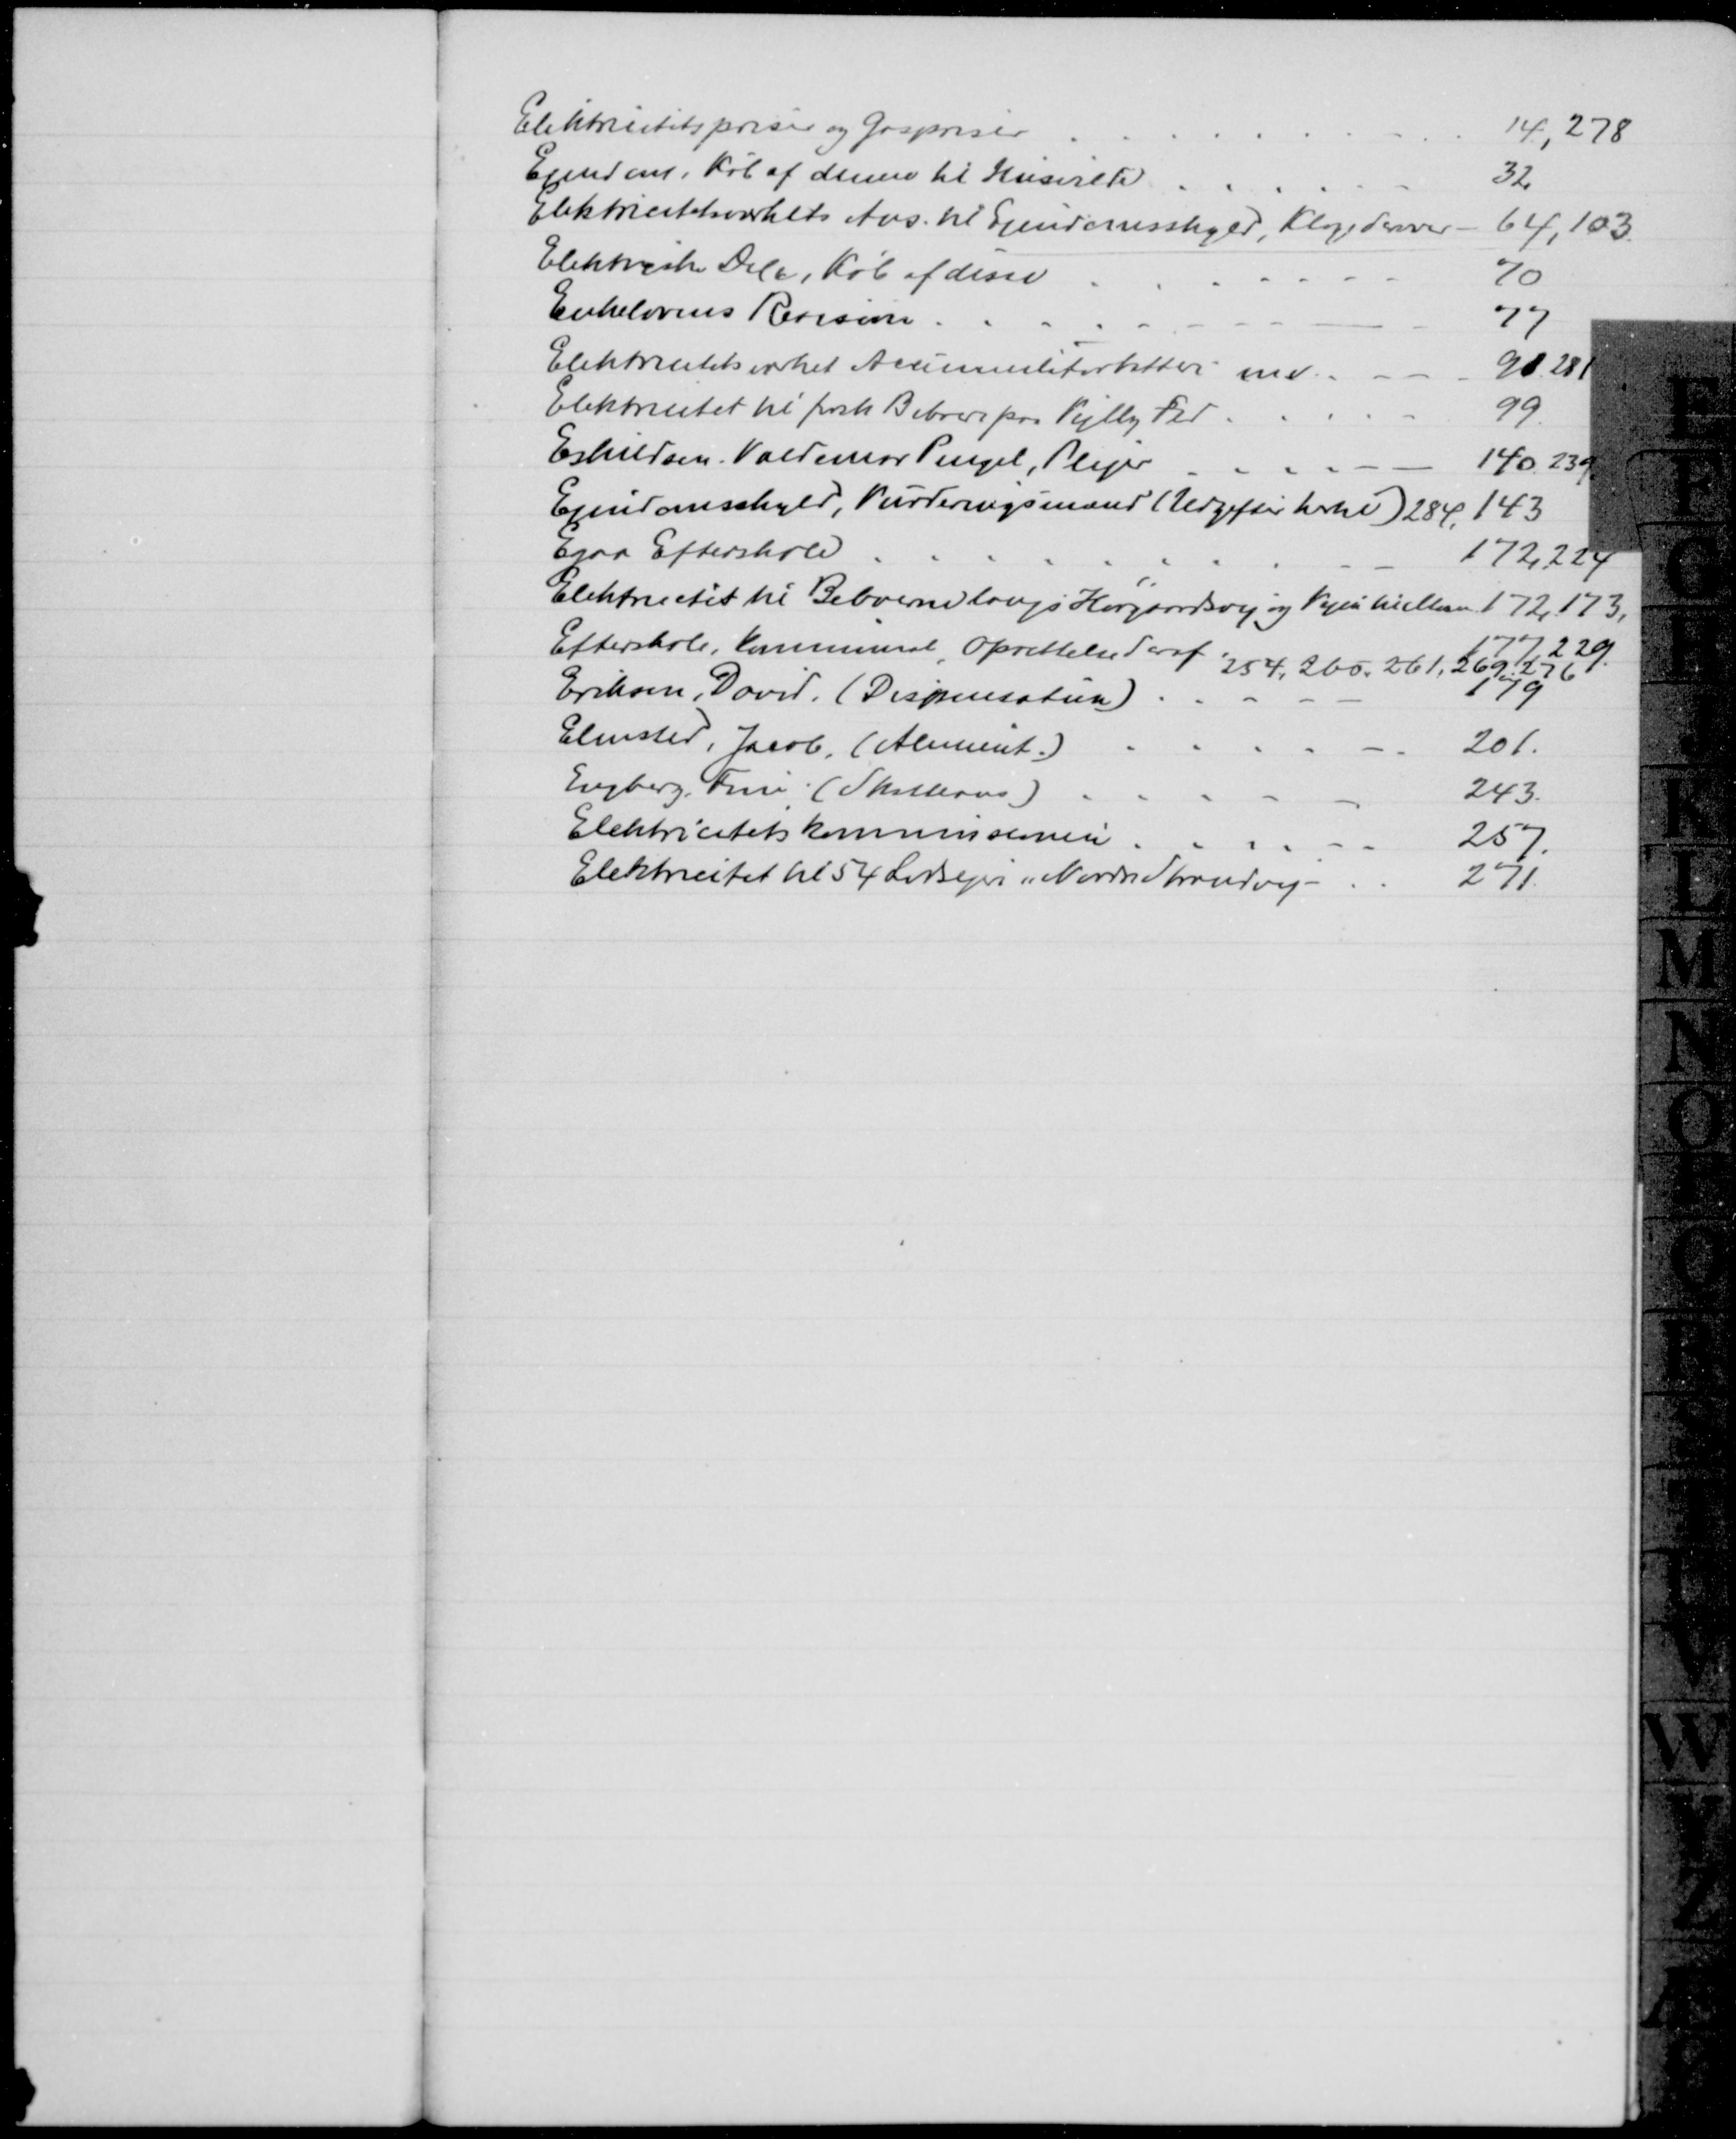
Transskription:
Elektricitetspriser og Gaspriser
14, 278
Ejendom, Køb af denne til Husvilde
32
Elektricitetværkets Ans. til Ejendomsskyld, Klage derover.
64,103.
Elektriske Dele, Køb af disse
70
Enkelovens Revision
77
Elektricitetsværket Accumulatorbatteri m.v
98, 281
Elektricitet til forsk Beboere paa Vejlby Fed
99
Eskildsen, Valdemar Pingel, Plejer
140, 239
Ejendomsskyld, Vurderingsmænd (Udgifter hertil) 284, 143
Egaa Efterskole
172, 224
Elektricitet til Beboerne langs Hørgaardsvej og Vejen til Mosen 172, 173,
Efterskole, kommunal, Oprettelse deraf 
2177, 229
254, 260, 261, 269, 276
Eriksen, David. (Dispensation)
179
Elmsted, Jacob. (Aliment.)
201
Engberg, Fru (Skatteans)
243
Elektricitetskommissionen
257
Elektricitet til 54 Lodsejere "Nordre Strandvej
271